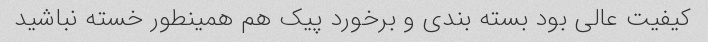
کیفیت عالی بود بسته بندی و برخورد پیک هم همینطور خسته نباشید